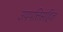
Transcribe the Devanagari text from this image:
उपपत्तिसहित